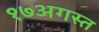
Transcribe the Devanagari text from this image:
१७अगस्त